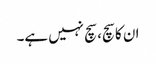
ان کا سچ، سچ نہیں ہے۔